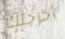
أخرجتك